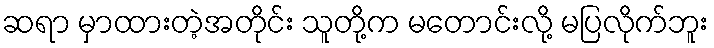
ဆရာ မှာထားတဲ့အတိုင်း သူတို့က မတောင်းလို့ မပြလိုက်ဘူး